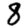
Digit: 8